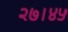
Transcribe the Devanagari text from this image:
२७।४५